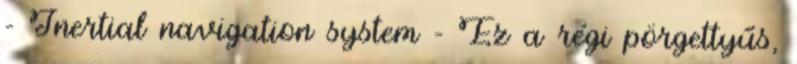
- Inertial navigation system - Ez a régi pörgettyűs,